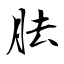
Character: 胠